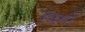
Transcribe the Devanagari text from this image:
विमों